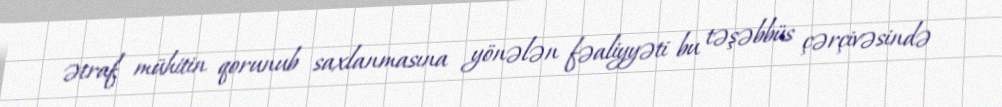
ətraf mühitin qorunub saxlanmasına yönələn fəaliyyəti bu təşəbbüs çərçivəsində